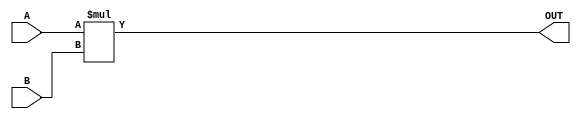
module ParameterizedMultiplier #(
    parameter WIDTH_A = 8,    // Bit-width of input A
    parameter WIDTH_B = 8,    // Bit-width of input B
    parameter WIDTH_OUT = WIDTH_A + WIDTH_B // Output width can be defined as needed
)(
    input  wire signed [WIDTH_A-1:0] A, // Input A
    input  wire signed [WIDTH_B-1:0] B, // Input B
    output wire signed [WIDTH_OUT-1:0] OUT // Output result
);

    // Behavioral multiplication
    assign OUT = A * B;

endmodule